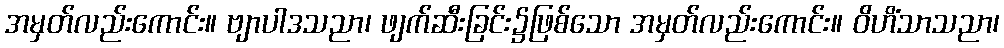
အမှတ်လည်းကောင်း။ ဗျာပါဒသညာ၊ ဖျက်ဆီးခြင်း၌ဖြစ်သော အမှတ်လည်းကောင်း။ ဝိဟိံသာသညာ၊